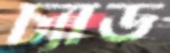
চ্যাড